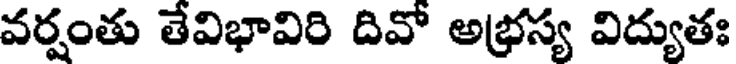
వర్షంతు తేవిభావిరి దివో అభ్రస్య విద్యుతః